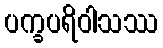
ပက္ခပရိဝါသဿ